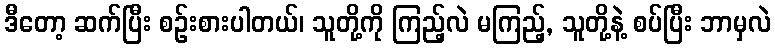
ဒီတော့ ဆက်ပြီး စဉ်းစားပါတယ်၊ သူတို့ကို ကြည့်လဲ မကြည့်, သူတို့နဲ့ စပ်ပြီး ဘာမှလဲ